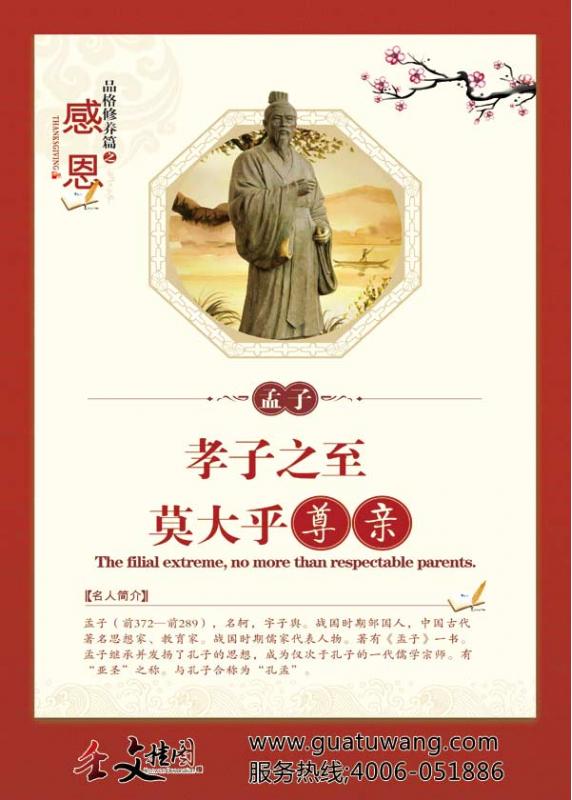
孝子之至，莫大乎尊亲。